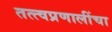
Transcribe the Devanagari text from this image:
तत्त्वप्रणालींचा